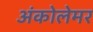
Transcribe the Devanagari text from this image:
अंकोलेमर